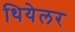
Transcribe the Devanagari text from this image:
थियेलर